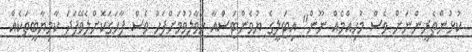
ކުޅުންތެރީންނަށް ވެސް މުހިއްމެއް ނޫން" އިޓަލީގެ ޔުވެންޓަސްއާ ހަވާލުވުމަށްފަހު ވެސް ފާހަގަކޮށްލެވޭފަދަ ކާމިޔާބީތަކެއް